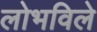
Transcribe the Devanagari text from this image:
लोभविले